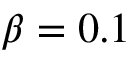
\beta = 0 . 1